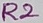
Text: R2